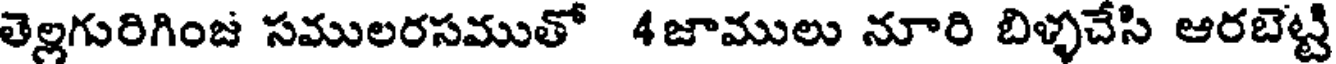
తెల్లగురిగింజ సములరసముతో 4జాములు నూరి బిళ్ళచేసి ఆరబెట్టి